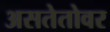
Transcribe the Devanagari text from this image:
असतेतोवर